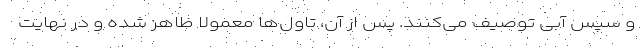
و سپس آبی توصیف می‌کنند. پس از آن، تاول‌ها معمولاً ظاهر شده و در نهایت